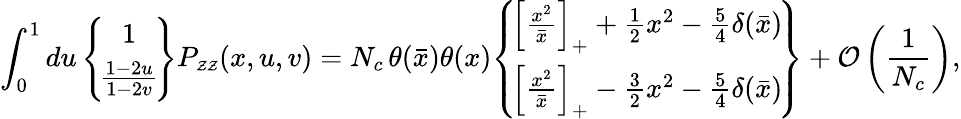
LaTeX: \int_{0}^{1}du\, \! \left\{ \! \begin{array}{c}{{1}}\\ {{\frac{1-2u}{1-2v}}}\end{array}\! \right\} P_{\scriptscriptstyle\cal ZZ}(x,u,v)=N_{c}\, \theta(\bar{x})\theta(x)\! \left\{ \! \begin{array}{c}{{\left[\frac{x^{2}}{\bar{x}}\right]_{+}+\frac{1}{2}x^{2}-\frac{5}{4}\delta(\bar{x})}}\\ {{\left[\frac{x^{2}}{\bar{x}}\right]_{+}-\frac{3}{2}x^{2}-\frac{5}{4}\delta(\bar{x})}}\end{array}\! \right\} +{\cal O}\left(\frac{1}{N_{c}}\right),